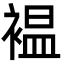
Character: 褞